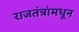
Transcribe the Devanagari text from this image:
राजतंत्रांमधून